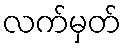
လက်မှတ်